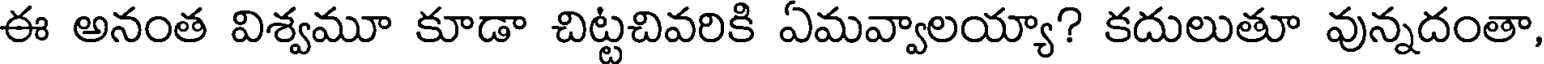
ఈ అనంత విశ్వమూ కూడా చిట్టచివరికి ఏమవ్వాలయ్యా? కదులుతూ వున్నదంతా